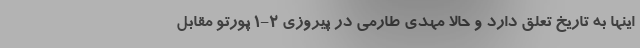
اینها به تاریخ تعلق دارد و حالا مهدی طارمی در پیروزی 2-1 پورتو مقابل